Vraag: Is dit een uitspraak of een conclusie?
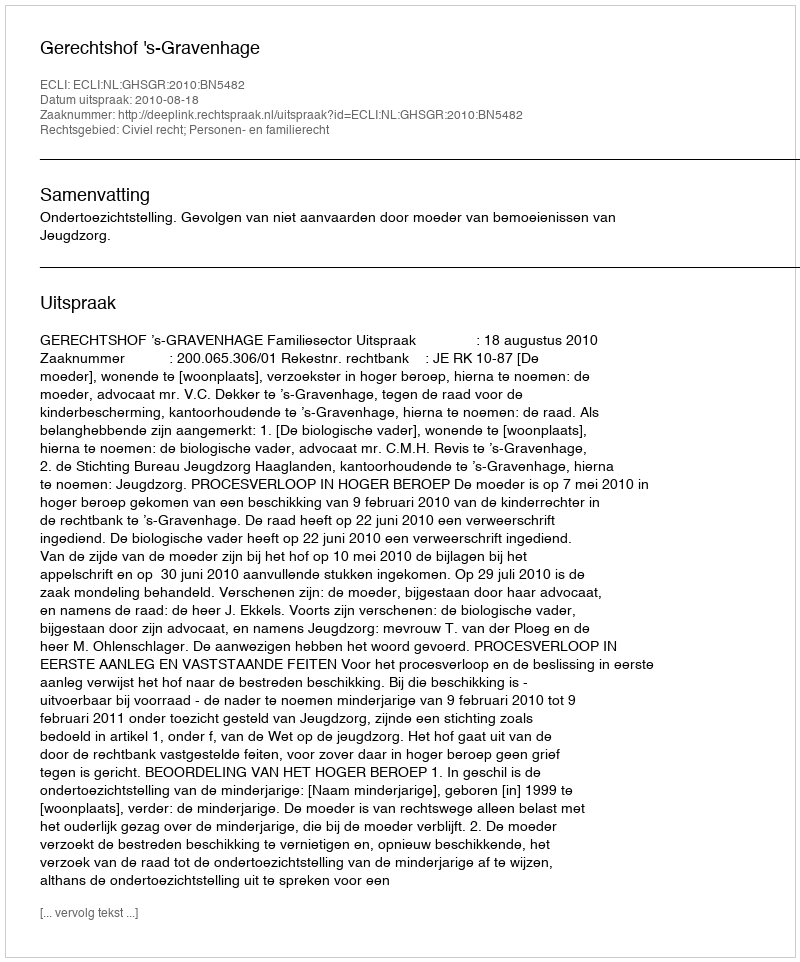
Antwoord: Uitspraak